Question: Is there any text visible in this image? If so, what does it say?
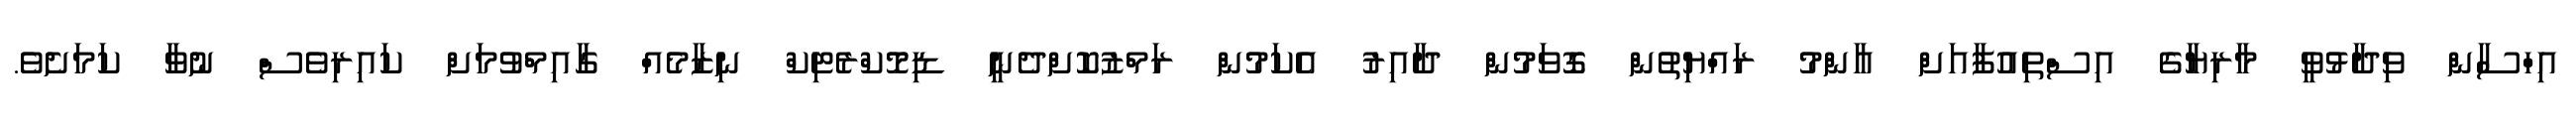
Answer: އިހްސާން ވިދާޅުވީ މާރިޔާގެ އިސްތިއުފާއަށް އާންމު ރައްޔިތުން ގޮވަމުން ދާއިރު އެކަމުން ރަމްޒުކޮށްދެނީ ޑިމޮކްރެޓިކް ނިޒާމެއް ގާއިމްވުމަށް ކައިރިވެސް ނުވާ ކަމަށެވެ.